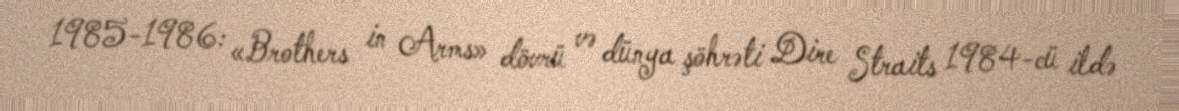
1985-1986: «Brothers in Arms» dövrü və dünya şöhrəti Dire Straits 1984-cü ildə